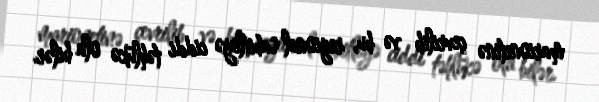
marionetinə çevrilib və bu, regional sabitliyə ciddi təhlükə ola bilər.